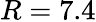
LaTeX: R=7.4